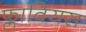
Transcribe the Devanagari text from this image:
फ्लावियस